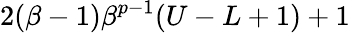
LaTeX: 2(\beta-1)\beta^{p-1}(U-L+1)+1